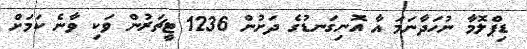
ޑިޕްލޮމާ ނުހަދާނަމަ އާ އޮނިގަނޑުގެ ދަށުން 1236 ޓީޗަރުން ވަކި ވާނެ ކަމަށް